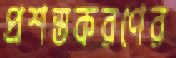
প্রশস্তকরণের